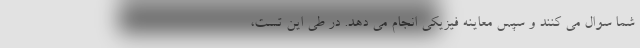
شما سوال می کنند و سپس معاینه فیزیکی انجام می دهد. در طی این تست،